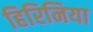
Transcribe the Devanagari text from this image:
हिरिनिया